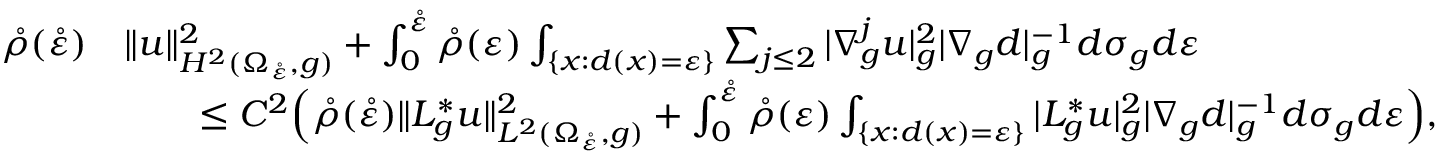
\begin{array} { r l } { \mathring \rho ( \mathring \varepsilon ) } & { \| u \| _ { H ^ { 2 } ( \Omega _ { \mathring \varepsilon } , g ) } ^ { 2 } + \int _ { 0 } ^ { \mathring \varepsilon } \mathring \rho ( \varepsilon ) \int _ { \{ x : d ( x ) = \varepsilon \} } \sum _ { j \leq 2 } | \nabla _ { g } ^ { j } u | _ { g } ^ { 2 } | \nabla _ { g } d | _ { g } ^ { - 1 } d \sigma _ { g } d \varepsilon } \\ & { \qquad \leq C ^ { 2 } \Big ( \mathring \rho ( \mathring \varepsilon ) \| L _ { g } ^ { * } u \| _ { L ^ { 2 } ( \Omega _ { \mathring \varepsilon } , g ) } ^ { 2 } + \int _ { 0 } ^ { \mathring \varepsilon } \mathring \rho ( \varepsilon ) \int _ { \{ x : d ( x ) = \varepsilon \} } | L _ { g } ^ { * } u | _ { g } ^ { 2 } | \nabla _ { g } d | _ { g } ^ { - 1 } d \sigma _ { g } d \varepsilon \Big ) , } \end{array}